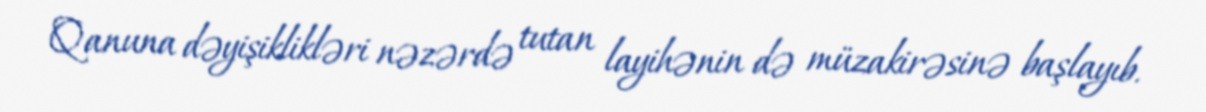
Qanuna dəyişiklikləri nəzərdə tutan layihənin də müzakirəsinə başlayıb.